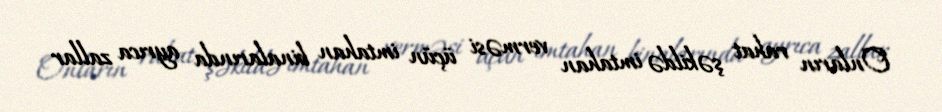
Onların rahat şəkildə imtahan verməsi üçün imtahan binalarında ayrıca zallar